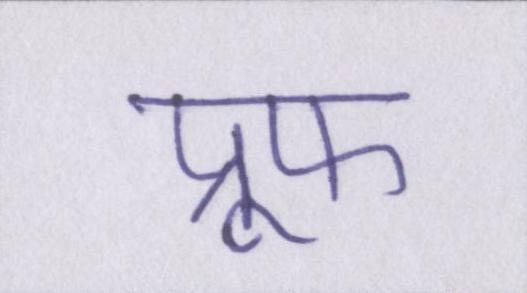
प्रूफ